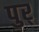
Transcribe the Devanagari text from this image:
पुर्